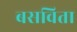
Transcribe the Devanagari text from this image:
बसविता